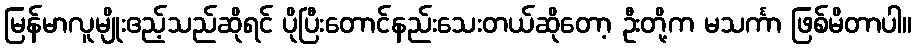
မြန်မာလူမျိုးဧည့်သည်ဆိုရင် ပိုပြီးတောင်နည်းသေးတယ်ဆိုတော့ ဦးတို့က မသင်္ကာ ဖြစ်မိတာပါ။